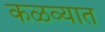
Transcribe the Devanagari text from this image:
कळव्यात